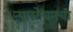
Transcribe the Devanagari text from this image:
त्यासोबतची